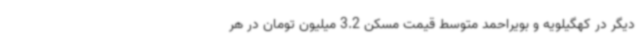
دیگر در کهگیلویه و بویراحمد متوسط قیمت مسکن 3.2 میلیون تومان در هر